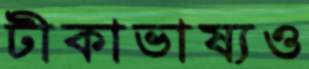
টীকাভাষ্যও